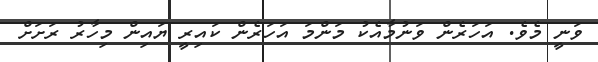
ވަނީ މެވެ. އަހަރެން ވަނުމާއެކު މަންމަ އަހަރެން ކައިރީ ޔައިން މިހާރު ރަށަށް